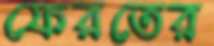
ফেরতের